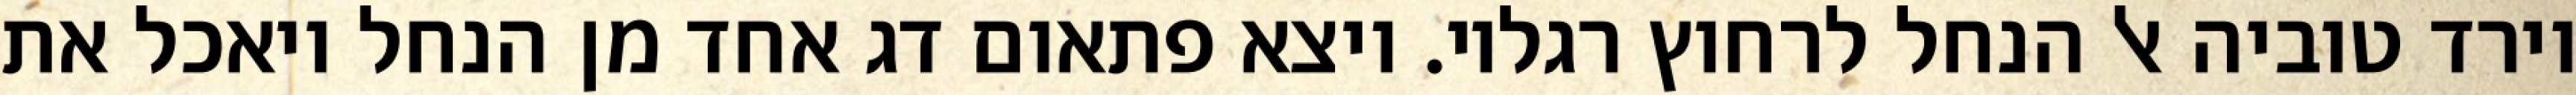
וירד טוביה אל הנחל לרחוץ רגליו. ויצא פתאום דג אחד מן הנחל ויאכל את